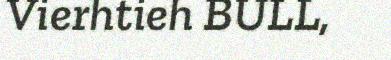
Vierhtieh BULL,